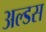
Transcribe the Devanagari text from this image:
अल्डस